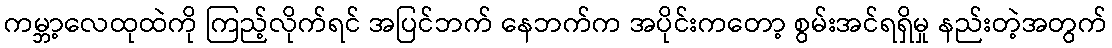
ကမ္ဘာ့လေထုထဲကို ကြည့်လိုက်ရင် အပြင်ဘက် နေဘက်က အပိုင်းကတော့ စွမ်းအင်ရရှိမှု နည်းတဲ့အတွက်